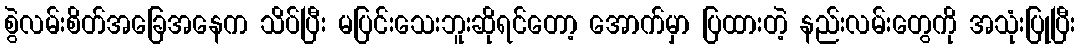
စွဲလမ်းစိတ်အခြေအနေက သိပ်ပြီး မပြင်းသေးဘူးဆိုရင်တော့ အောက်မှာ ပြထားတဲ့ နည်းလမ်းတွေကို အသုံးပြုပြီး